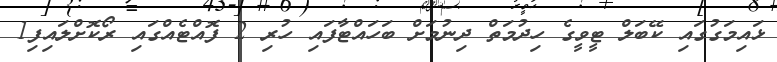
ޅައިމަގުގައި ކޭބަލް ޓީވީގެ ހިދުމަތް ދިނުމަށް ބަހައްޓާފައި ހުރި 2 ފޮއްޓެއްގައި ރޯކޮށްލައިފި1